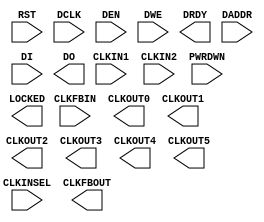
// This program was cloned from: https://github.com/chipsalliance/yosys-f4pga-plugins
// License: Apache License 2.0

// Copyright 2020-2022 F4PGA Authors
//
// Licensed under the Apache License, Version 2.0 (the "License");
// you may not use this file except in compliance with the License.
// You may obtain a copy of the License at
//
//     http://www.apache.org/licenses/LICENSE-2.0
//
// Unless required by applicable law or agreed to in writing, software
// distributed under the License is distributed on an "AS IS" BASIS,
// WITHOUT WARRANTIES OR CONDITIONS OF ANY KIND, either express or implied.
// See the License for the specific language governing permissions and
// limitations under the License.
//
// SPDX-License-Identifier: Apache-2.0

// ============================================================================
// CMT

// PLLE2_ADV_VPR
(* blackbox *)
module PLLE2_ADV_VPR (
    input CLKFBIN,
    input CLKIN1,
    input CLKIN2,
    input CLKINSEL,

    output CLKFBOUT,
    output CLKOUT0,
    output CLKOUT1,
    output CLKOUT2,
    output CLKOUT3,
    output CLKOUT4,
    output CLKOUT5,

    input  PWRDWN,
    input  RST,
    output LOCKED,

    input         DCLK,
    input         DEN,
    input         DWE,
    output        DRDY,
    input  [ 6:0] DADDR,
    input  [15:0] DI,
    output [15:0] DO
);

  parameter [0:0] INV_CLKINSEL = 1'd0;
  parameter [0:0] ZINV_PWRDWN = 1'd0;
  parameter [0:0] ZINV_RST = 1'd1;

  parameter [0:0] STARTUP_WAIT = 1'd0;

  // Tables
  parameter [9:0] TABLE = 10'd0;
  parameter [39:0] LKTABLE = 40'd0;
  parameter [15:0] POWER_REG = 16'd0;
  parameter [11:0] FILTREG1_RESERVED = 12'd0;
  parameter [9:0] FILTREG2_RESERVED = 10'd0;
  parameter [5:0] LOCKREG1_RESERVED = 6'd0;
  parameter [0:0] LOCKREG2_RESERVED = 1'b0;
  parameter [0:0] LOCKREG3_RESERVED = 1'b0;

  // DIVCLK
  parameter [5:0] DIVCLK_DIVCLK_HIGH_TIME = 6'd0;
  parameter [5:0] DIVCLK_DIVCLK_LOW_TIME = 6'd0;
  parameter [0:0] DIVCLK_DIVCLK_NO_COUNT = 1'b1;
  parameter [0:0] DIVCLK_DIVCLK_EDGE = 1'b0;

  // CLKFBOUT
  parameter [5:0] CLKFBOUT_CLKOUT1_HIGH_TIME = 6'd0;
  parameter [5:0] CLKFBOUT_CLKOUT1_LOW_TIME = 6'd0;
  parameter [0:0] CLKFBOUT_CLKOUT1_OUTPUT_ENABLE = 1'b0;
  parameter [2:0] CLKFBOUT_CLKOUT1_PHASE_MUX = 3'd0;
  parameter [5:0] CLKFBOUT_CLKOUT2_DELAY_TIME = 6'd0;
  parameter [0:0] CLKFBOUT_CLKOUT2_EDGE = 1'b0;
  parameter [2:0] CLKFBOUT_CLKOUT2_FRAC = 3'd0;
  parameter [0:0] CLKFBOUT_CLKOUT2_FRAC_EN = 1'b0;
  parameter [0:0] CLKFBOUT_CLKOUT2_FRAC_WF_R = 1'b0;
  parameter [0:0] CLKFBOUT_CLKOUT2_NO_COUNT = 1'b1;

  // CLKOUT0
  parameter [5:0] CLKOUT0_CLKOUT1_HIGH_TIME = 6'd0;
  parameter [5:0] CLKOUT0_CLKOUT1_LOW_TIME = 6'd0;
  parameter [0:0] CLKOUT0_CLKOUT1_OUTPUT_ENABLE = 1'b0;
  parameter [2:0] CLKOUT0_CLKOUT1_PHASE_MUX = 3'd0;
  parameter [5:0] CLKOUT0_CLKOUT2_DELAY_TIME = 6'd0;
  parameter [0:0] CLKOUT0_CLKOUT2_EDGE = 1'b0;
  parameter [2:0] CLKOUT0_CLKOUT2_FRAC = 3'd0;
  parameter [0:0] CLKOUT0_CLKOUT2_FRAC_EN = 1'b0;
  parameter [0:0] CLKOUT0_CLKOUT2_FRAC_WF_R = 1'b0;
  parameter [0:0] CLKOUT0_CLKOUT2_NO_COUNT = 1'b1;

  // CLKOUT1
  parameter [5:0] CLKOUT1_CLKOUT1_HIGH_TIME = 6'd0;
  parameter [5:0] CLKOUT1_CLKOUT1_LOW_TIME = 6'd0;
  parameter [0:0] CLKOUT1_CLKOUT1_OUTPUT_ENABLE = 1'b0;
  parameter [2:0] CLKOUT1_CLKOUT1_PHASE_MUX = 3'd0;
  parameter [5:0] CLKOUT1_CLKOUT2_DELAY_TIME = 6'd0;
  parameter [0:0] CLKOUT1_CLKOUT2_EDGE = 1'b0;
  parameter [2:0] CLKOUT1_CLKOUT2_FRAC = 3'd0;
  parameter [0:0] CLKOUT1_CLKOUT2_FRAC_EN = 1'b0;
  parameter [0:0] CLKOUT1_CLKOUT2_FRAC_WF_R = 1'b0;
  parameter [0:0] CLKOUT1_CLKOUT2_NO_COUNT = 1'b1;

  // CLKOUT2
  parameter [5:0] CLKOUT2_CLKOUT1_HIGH_TIME = 6'd0;
  parameter [5:0] CLKOUT2_CLKOUT1_LOW_TIME = 6'd0;
  parameter [0:0] CLKOUT2_CLKOUT1_OUTPUT_ENABLE = 1'b0;
  parameter [2:0] CLKOUT2_CLKOUT1_PHASE_MUX = 3'd0;
  parameter [5:0] CLKOUT2_CLKOUT2_DELAY_TIME = 6'd0;
  parameter [0:0] CLKOUT2_CLKOUT2_EDGE = 1'b0;
  parameter [2:0] CLKOUT2_CLKOUT2_FRAC = 3'd0;
  parameter [0:0] CLKOUT2_CLKOUT2_FRAC_EN = 1'b0;
  parameter [0:0] CLKOUT2_CLKOUT2_FRAC_WF_R = 1'b0;
  parameter [0:0] CLKOUT2_CLKOUT2_NO_COUNT = 1'b1;

  // CLKOUT3
  parameter [5:0] CLKOUT3_CLKOUT1_HIGH_TIME = 6'd0;
  parameter [5:0] CLKOUT3_CLKOUT1_LOW_TIME = 6'd0;
  parameter [0:0] CLKOUT3_CLKOUT1_OUTPUT_ENABLE = 1'b0;
  parameter [2:0] CLKOUT3_CLKOUT1_PHASE_MUX = 3'd0;
  parameter [5:0] CLKOUT3_CLKOUT2_DELAY_TIME = 6'd0;
  parameter [0:0] CLKOUT3_CLKOUT2_EDGE = 1'b0;
  parameter [2:0] CLKOUT3_CLKOUT2_FRAC = 3'd0;
  parameter [0:0] CLKOUT3_CLKOUT2_FRAC_EN = 1'b0;
  parameter [0:0] CLKOUT3_CLKOUT2_FRAC_WF_R = 1'b0;
  parameter [0:0] CLKOUT3_CLKOUT2_NO_COUNT = 1'b1;

  // CLKOUT4
  parameter [5:0] CLKOUT4_CLKOUT1_HIGH_TIME = 6'd0;
  parameter [5:0] CLKOUT4_CLKOUT1_LOW_TIME = 6'd0;
  parameter [0:0] CLKOUT4_CLKOUT1_OUTPUT_ENABLE = 1'b0;
  parameter [2:0] CLKOUT4_CLKOUT1_PHASE_MUX = 3'd0;
  parameter [5:0] CLKOUT4_CLKOUT2_DELAY_TIME = 6'd0;
  parameter [0:0] CLKOUT4_CLKOUT2_EDGE = 1'b0;
  parameter [2:0] CLKOUT4_CLKOUT2_FRAC = 3'd0;
  parameter [0:0] CLKOUT4_CLKOUT2_FRAC_EN = 1'b0;
  parameter [0:0] CLKOUT4_CLKOUT2_FRAC_WF_R = 1'b0;
  parameter [0:0] CLKOUT4_CLKOUT2_NO_COUNT = 1'b1;

  // CLKOUT5
  parameter [5:0] CLKOUT5_CLKOUT1_HIGH_TIME = 6'd0;
  parameter [5:0] CLKOUT5_CLKOUT1_LOW_TIME = 6'd0;
  parameter [0:0] CLKOUT5_CLKOUT1_OUTPUT_ENABLE = 1'b0;
  parameter [2:0] CLKOUT5_CLKOUT1_PHASE_MUX = 3'd0;
  parameter [5:0] CLKOUT5_CLKOUT2_DELAY_TIME = 6'd0;
  parameter [0:0] CLKOUT5_CLKOUT2_EDGE = 1'b0;
  parameter [2:0] CLKOUT5_CLKOUT2_FRAC = 3'd0;
  parameter [0:0] CLKOUT5_CLKOUT2_FRAC_EN = 1'b0;
  parameter [0:0] CLKOUT5_CLKOUT2_FRAC_WF_R = 1'b0;
  parameter [0:0] CLKOUT5_CLKOUT2_NO_COUNT = 1'b1;


  // TODO: Compensation parameters

  // TODO: How to simulate a PLL in verilog (i.e. the VCO) ???

endmodule